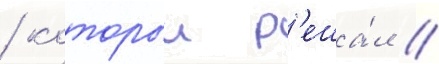
/ которыи р'еша́л /